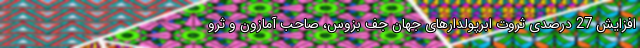
افزایش 27 درصدی ثروت ابرپولدارهای جهان جف بزوس، صاحب آمازون و ثرو